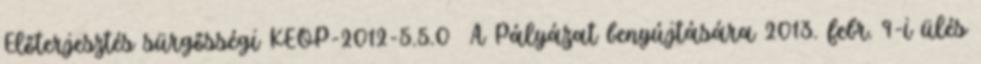
Előterjesztés sürgősségi KEOP-2012-5.5.0 A Pályázat benyújtására 2013. febr. 9-i ülés